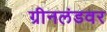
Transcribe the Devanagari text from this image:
ग्रीनलंडवर